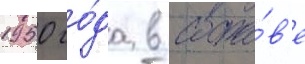
1950 го́да в соста́в'е